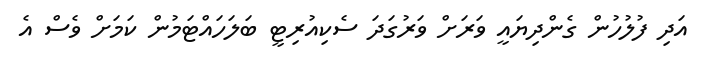
އަދި ފުލުހުން ގެންދިޔައީ ވަރަށް ވަރުގަދަ ސެކިއުރިޓީ ބަލަހައްޓަމުން ކަމަށް ވެސް އެ